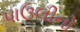
પાઉલીનો